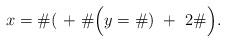
LaTeX: \begin{align*} x= \# (\ +\ \# \Big ( y= \# )\ +\ 2 \# \Big ).\end{align*}